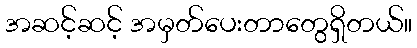
အဆင့်ဆင့် အမှတ်ပေးတာတွေရှိတယ်။